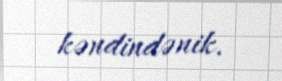
kəndindənik.